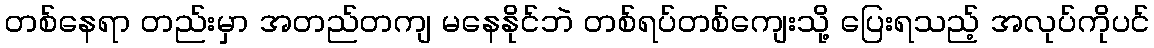
တစ်နေရာ တည်းမှာ အတည်တကျ မနေနိုင်ဘဲ တစ်ရပ်တစ်ကျေးသို့ ပြေးရသည့် အလုပ်ကိုပင်